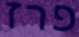
פרז